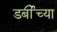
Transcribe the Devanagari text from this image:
डर्बीच्या